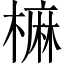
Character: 𣙪